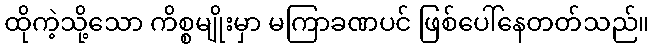
ထိုကဲ့သို့သော ကိစ္စမျိုးမှာ မကြာခဏပင် ဖြစ်ပေါ်နေတတ်သည်။